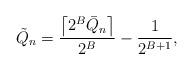
LaTeX: \begin{align*}\tilde Q_n = \frac{\left\lceil2^B\bar Q_{n}\right\rceil}{2^B} - \frac{1}{2^{B+1}},\end{align*}